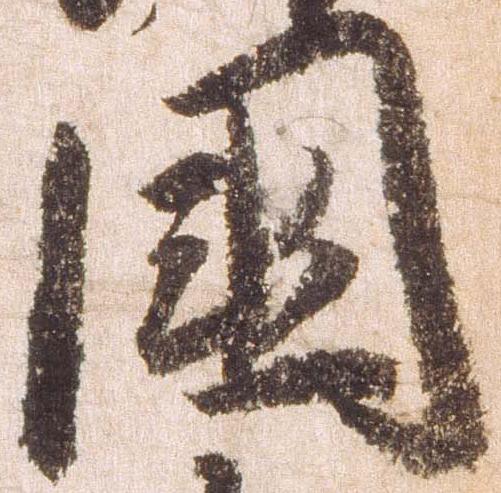
国